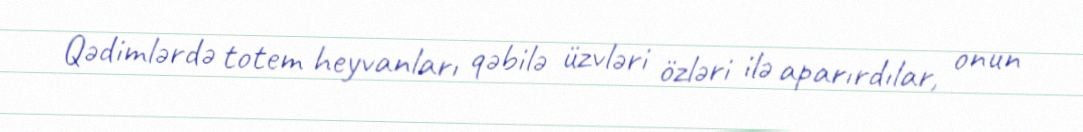
Qədimlərdə totem heyvanları qəbilə üzvləri özləri ilə aparırdılar, onun